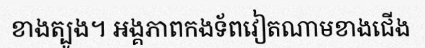
ខាងត្បូង។ អង្គភាពកងទ័ពវៀតណាមខាងជើង